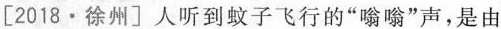
[2018·徐州]人听到蚊子飞行的”嗡嗡”声，是由